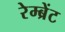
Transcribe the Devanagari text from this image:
रेम्ब्रेंट